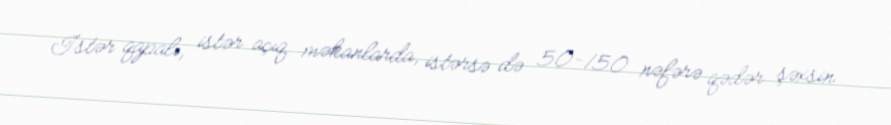
İstər qapalı, istər açıq məkanlarda, istərsə də 50-150 nəfərə qədər şəxsin